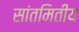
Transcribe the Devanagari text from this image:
सांतमितीय